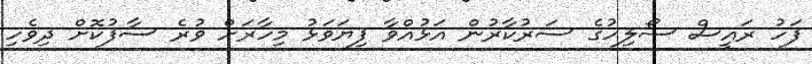
ފަހު ރައީސް ސޯލިހުގެ ސަރުކާރުުން އަޅުއްވާ ފިޔަވަޅު މިހާރަށް ވުރެ ސާފުކޮށް ދިވެހި